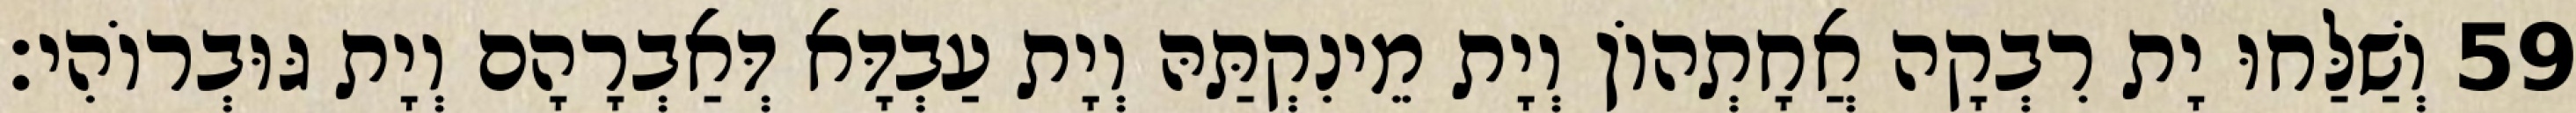
59 וְשַׁלַּחוּ יָת רִבְקָה אֲחָתְהוֹן וְיָת מֵינִקְתַּהּ וְיָת עַבְדָּא דְּאַבְרָהָם וְיָת גּוּבְרוֹהִי׃